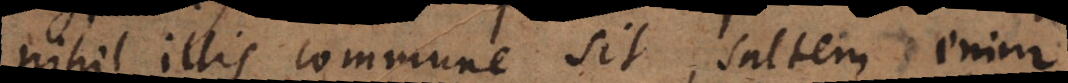
nihil illis commune sit, saltem enim